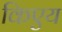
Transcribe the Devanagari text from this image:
किएय